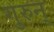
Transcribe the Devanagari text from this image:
गुरुन्